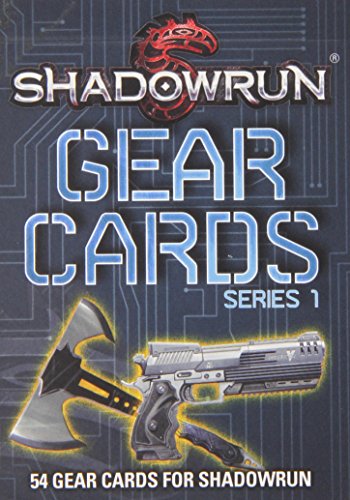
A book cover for Shadowrun Gear Cards 1; Science Fiction & Fantasy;